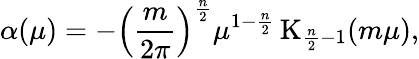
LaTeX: \alpha(\mu)=-\left(\frac{m}{2\pi}\right)^{\frac{n}2}\mu^{1-\frac{n}2}\, \mathrm{K}_{\frac{n}2-1}(m\mu),